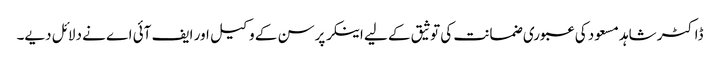
ڈاکٹر شاہد مسعود کی عبوری ضمانت کی توثیق کے لیے اینکر پرسن کے وکیل اور ایف آئی اے نے دلائل دیے۔